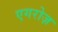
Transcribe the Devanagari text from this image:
एगरोज़